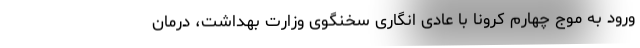
ورود به موج چهارم کرونا با عادی انگاری سخنگوی وزارت بهداشت، درمان